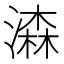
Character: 潹